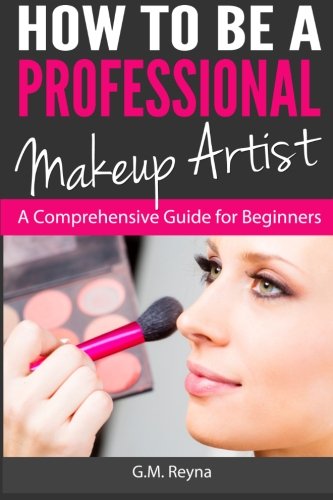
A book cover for How to be a Professional Makeup Artist: A Comprehensive Guide for Beginners; G M Reyna; Health, Fitness & Dieting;